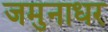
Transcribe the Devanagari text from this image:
जमुनाधर